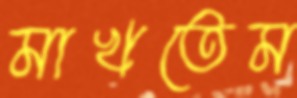
মাখতেম